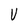
Character: V